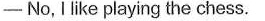
——No, Ilike playing the chess.